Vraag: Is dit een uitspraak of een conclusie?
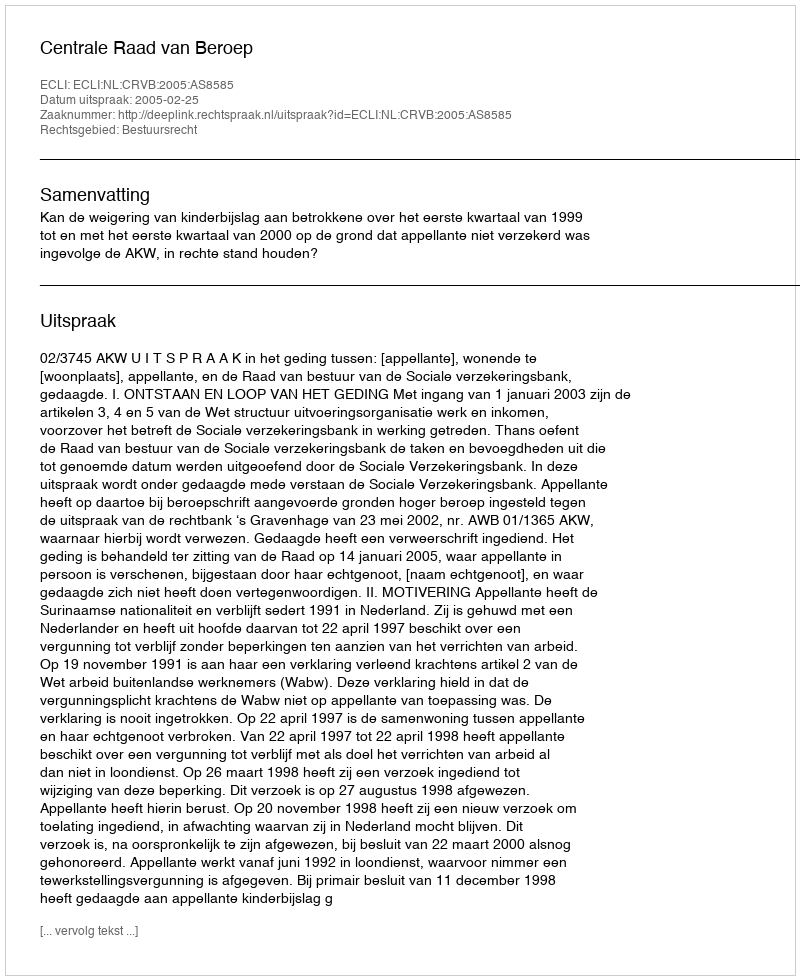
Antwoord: Uitspraak